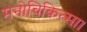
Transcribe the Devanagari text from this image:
मनोचिकित्सा।